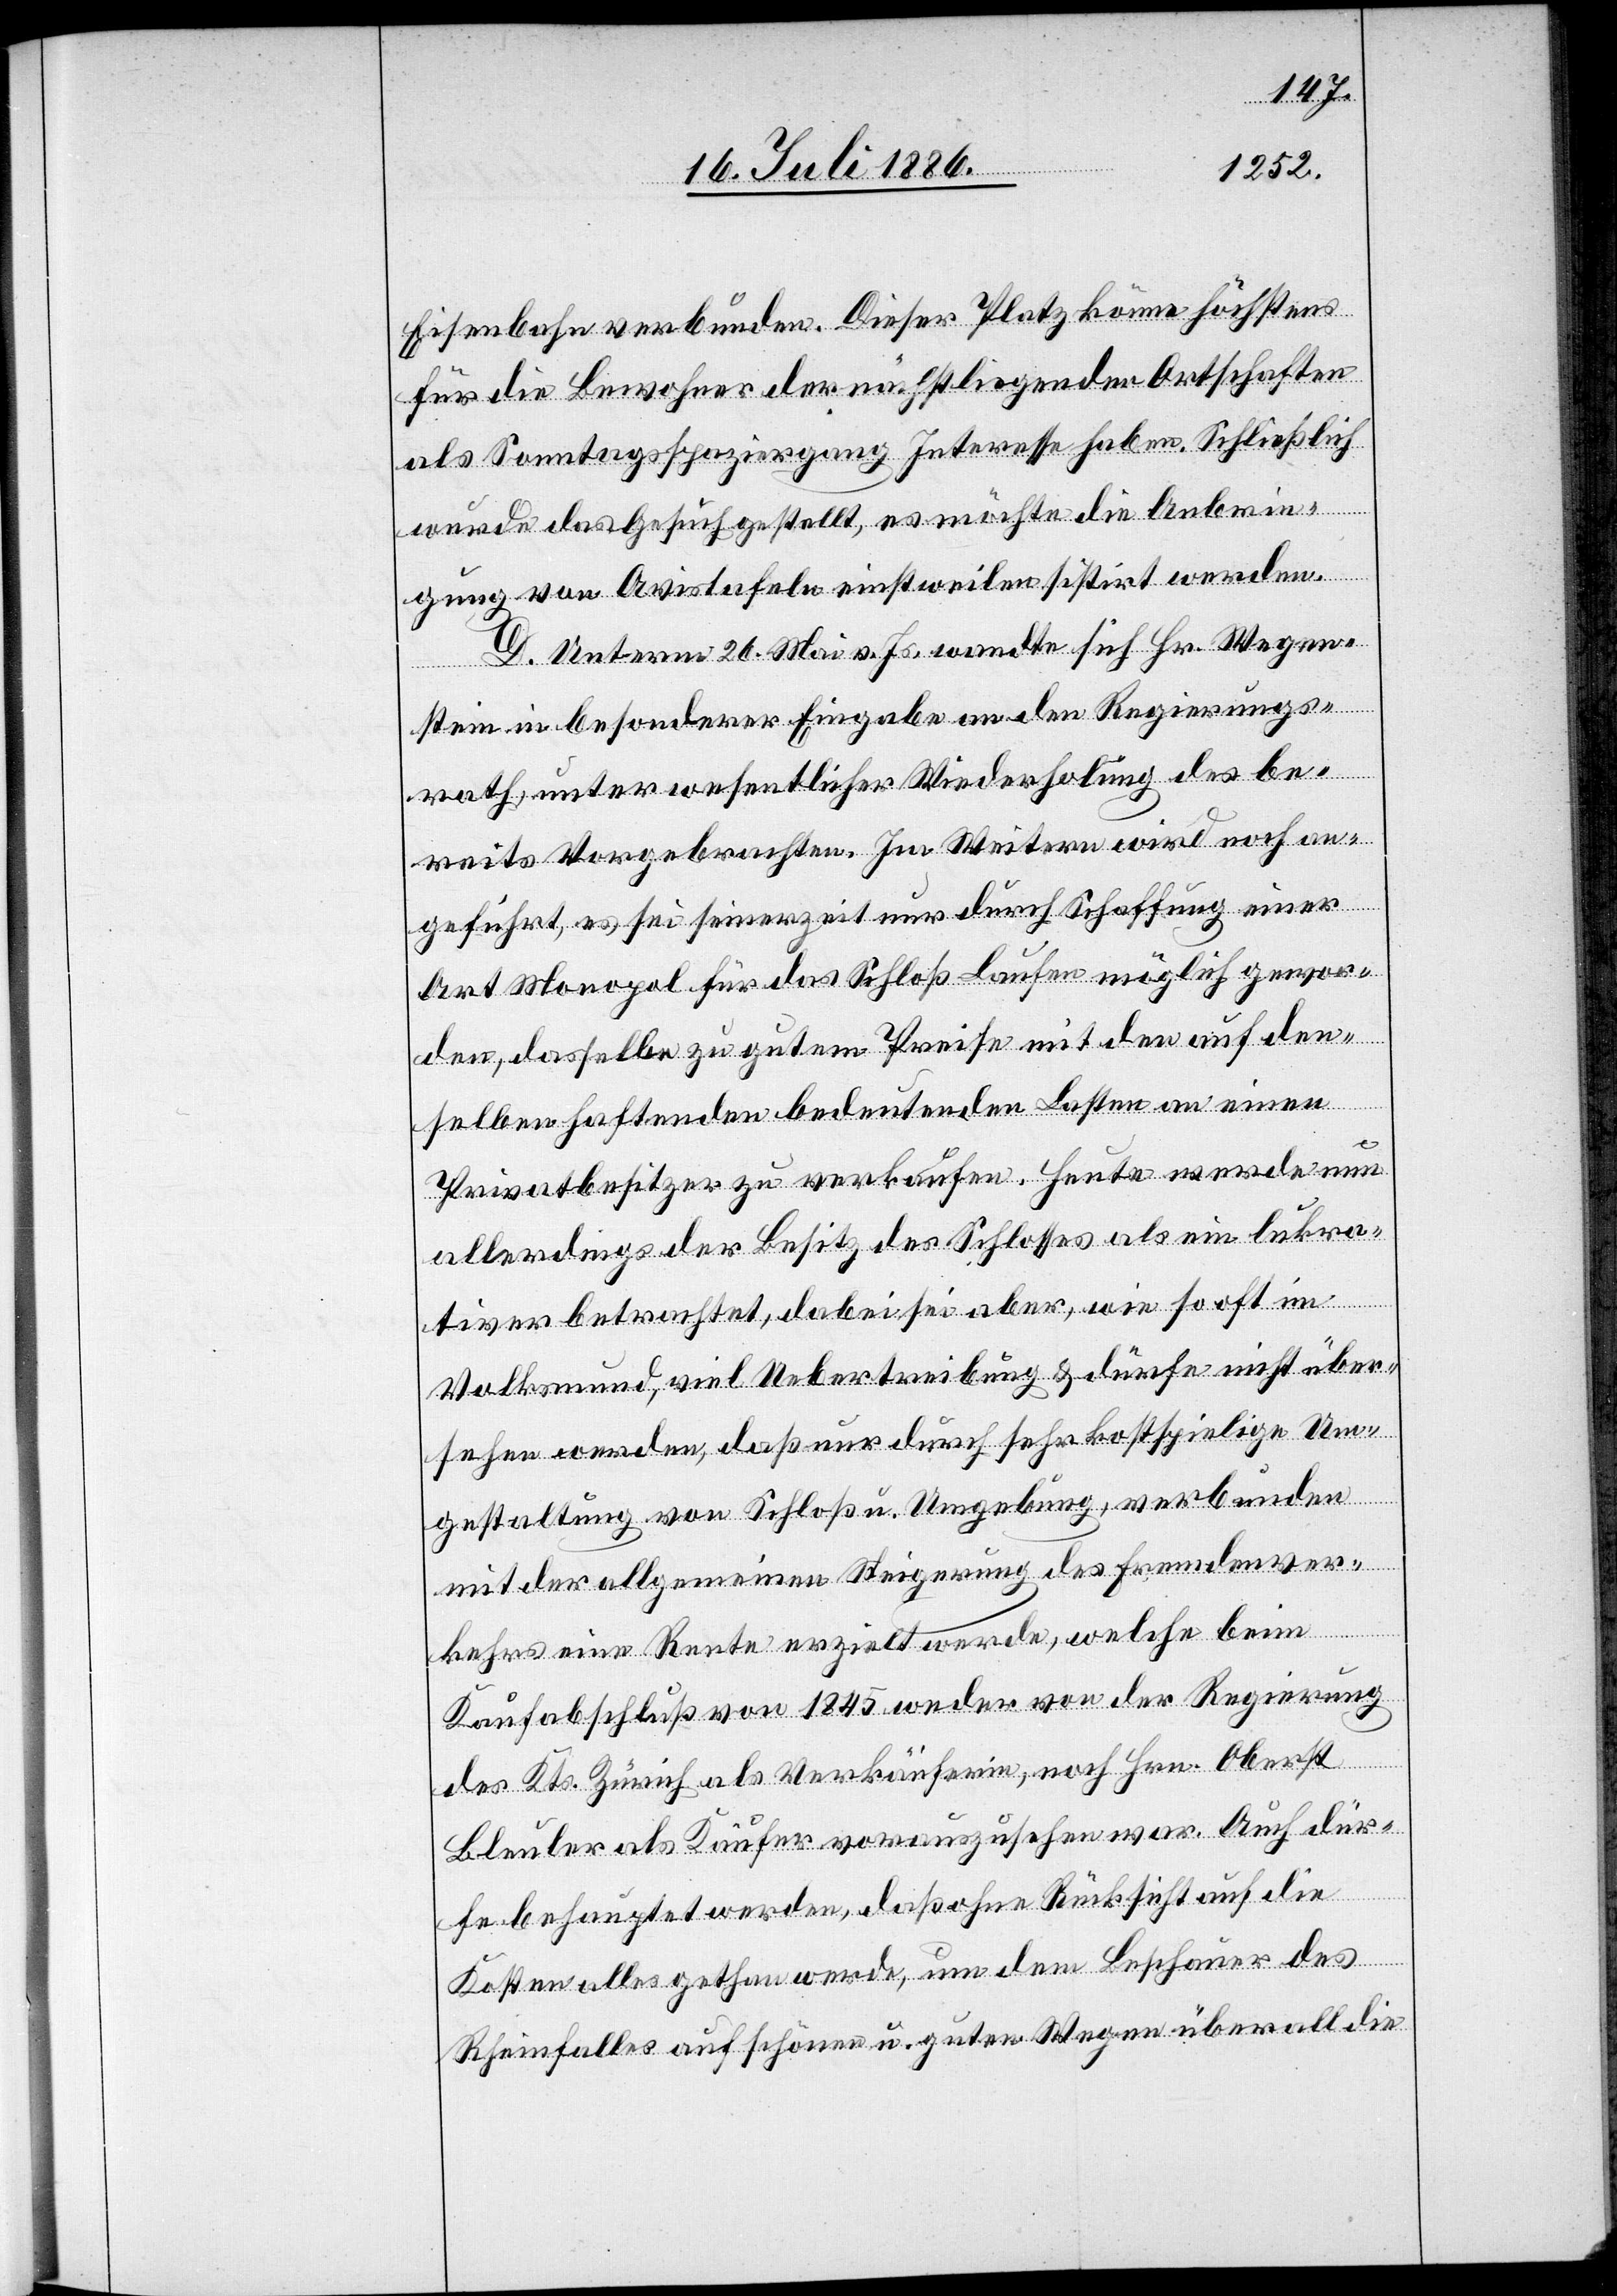
Eisenbahn verbunden. Dieser Platz könne höchstens
für die Bewohner der nächstliegenden Ortschaften
als Sonntagsspaziergang Interesse haben. Schließlich
wurde das Gesuch gestellt, es möchte die Anbrin¬
gung von Avistafeln einstweilen sistirt werden.
D. Unterm 26. Mai vor. Js. wandte sich Hr. Wegen¬
stein in besonderer Eingabe an den Regierungs¬
rath, unter wesentlicher Wiederholung des be¬
reits Vorgebrachten. Im Weitern wird noch an¬
geführt, es sei seinerzeit nur durch Schaffung einer
Art Monopol für das Schloß Laufen möglich gewor¬
den, dasselbe zu gutem Preise mit den auf den¬
selben haftenden bedeutenden Lasten an einen
Privatbesitzer zu verkaufen. Heute werde nun
allerdings der Besitz des Schlosses als ein lukra¬
tiver betrachtet, dabei sei aber, wie so oft im
Volksmund, viel Uebertreibung & dürfe nicht über¬
sehen werden, daß nur durch sehr kostspielige Um¬
gestaltung von Schloß u. Umgebung, verbunden
mit der allgemeinen Steigerung des Fremdenver¬
kehrs eine Rente erzielt werde, welche beim
Kaufabschluß von 1845 weder von der Regierung
des Kts. Zürich als Verkäuferin, noch Hrn. Oberst
Bleuler als Käufer vorauszusehen war. Auch dür¬
fe behauptet werden, daß ohne Rücksicht auf die
Kosten alles gethan werde, um dem Beschauer des
Rheinfalles auf schönen u. guten Wegen überall die